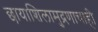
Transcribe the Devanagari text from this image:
छायाशिलामुद्रणाचाही